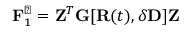
{ \bf F } _ { 1 } ^ { \perp } = { \bf Z } ^ { T } { \bf G } [ { \bf R } ( t ) , \delta { \bf D } ] { \bf Z }